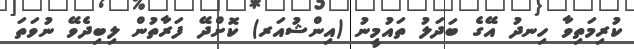
ކުރިމަތިވާ ހިނދު އޭގެ ބަދަލު ތައުމީނު (އިންޝުއަރ) ކޮށްދޭ ފަރާތުން ލިބިދެވޭ ނުވަތަ